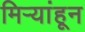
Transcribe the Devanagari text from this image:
मिऱ्यांहून